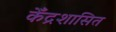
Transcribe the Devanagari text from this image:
केँद्रशासित